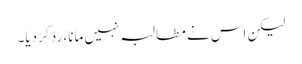
لیکن اس نے مطالبہ نہیں مانا، ردّ کر دیا۔